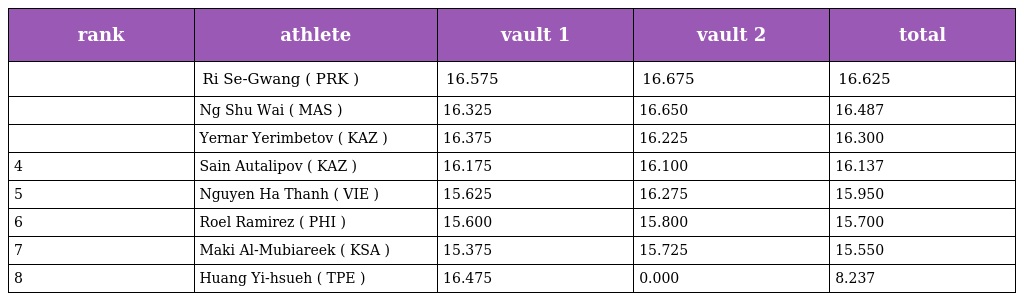
| rank | athlete | vault 1 | vault 2 | total |
 | --- | --- | --- | --- | --- |
 |  | Ri Se-Gwang ( PRK ) | 16.575 | 16.675 | 16.625 |
 |  | Ng Shu Wai ( MAS ) | 16.325 | 16.650 | 16.487 |
 |  | Yernar Yerimbetov ( KAZ ) | 16.375 | 16.225 | 16.300 |
 | 4 | Sain Autalipov ( KAZ ) | 16.175 | 16.100 | 16.137 |
 | 5 | Nguyen Ha Thanh ( VIE ) | 15.625 | 16.275 | 15.950 |
 | 6 | Roel Ramirez ( PHI ) | 15.600 | 15.800 | 15.700 |
 | 7 | Maki Al-Mubiareek ( KSA ) | 15.375 | 15.725 | 15.550 |
 | 8 | Huang Yi-hsueh ( TPE ) | 16.475 | 0.000 | 8.237 |